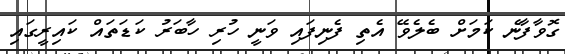
ގޮވާފާނެ ކަމަށް ބެލެވޭ އެތި ފެނިފައި ވަނީ ހުރި ހާބަރު ކަޑަތައް ކައިރީގައި